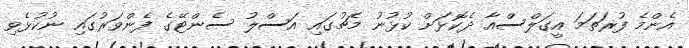
އެންމެ ފުރަތަމަ އީގަލްސްއާ ދެކޮޅަށް ކުޅުނު މެޗުގައި އަސްލު ސެންޓޭގެ ފެންވަރުގައި ނުކުޅެވި